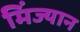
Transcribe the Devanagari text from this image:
मिंज्यान